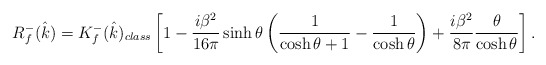
\begin{align*} R_f^-(\hat k)= K_f^-(\hat k)_{class}\left[1-\frac{i\beta^2}{16\pi}\sinh\theta \left( \frac{1}{\cosh\theta+1}-\frac{1}{\cosh\theta} \right) +\frac{i \beta^2}{8\pi}\frac{\theta}{\cosh\theta} \right].\end{align*}